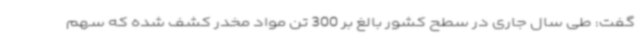
گفت: طی سال جاری در سطح کشور بالغ بر 300 تن مواد مخدر کشف شده که سهم